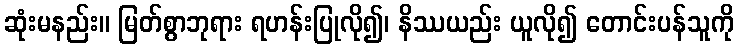
ဆုံးမနည်း။ မြတ်စွာဘုရား ရဟန်းပြုလို၍၊ နိဿယည်း ယူလို၍ တောင်းပန်သူကို